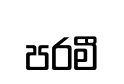
පරමී